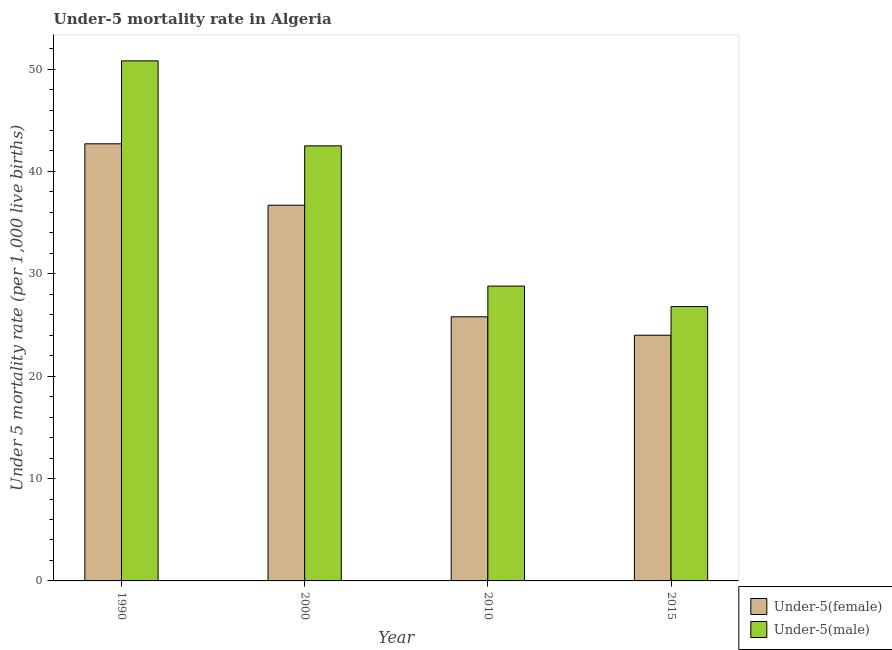
| Year | Under-5(female) | Under-5(male) |
 | --- | --- | --- |
 | 1990 | 42.7 | 50.8 |
 | 2000 | 36.7 | 42.5 |
 | 2010 | 25.8 | 28.8 |
 | 2015 | 24 | 26.8 |